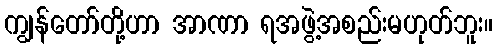
ကျွန်တော်တို့ဟာ အာဏာ ရအဖွဲ့အစည်းမဟုတ်ဘူး။